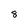
Character: 8